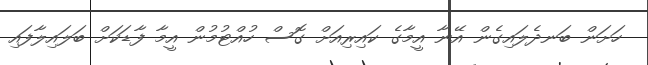
ހަށަން ބަނދެލައިގެން އޭނާ އީމާގެ ކައިރިއަށް ގޮސް ހުއްޓުމުން އީމާ ފާޑަކަށް ބަލައިލާފައި